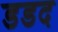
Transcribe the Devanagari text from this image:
डडद